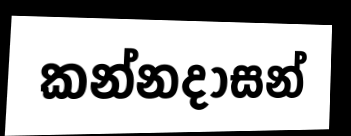
කන්නදාසන්